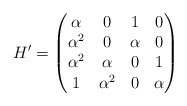
\begin{align*} H'=\begin{pmatrix}\alpha&0&1&0\\\alpha^2&0&\alpha&0\\\alpha^2&\alpha&0&1\\1&\alpha^2&0&\alpha \end{pmatrix}\end{align*}